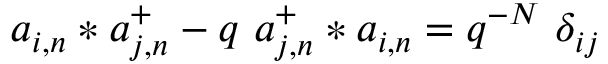
a _ { i , n } * a _ { j , n } ^ { + } - q \ a _ { j , n } ^ { + } * a _ { i , n } = q ^ { - N } \ \delta _ { i j }